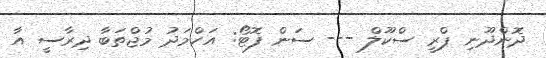
ދޮންދޫނި ޕްރީ ސްކޫލް --- ސަން ފޮޓޯ: އަހްމަދު މުޖްތަބާ ދިރާސީ އާ